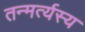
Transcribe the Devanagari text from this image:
तन्मर्त्यस्य